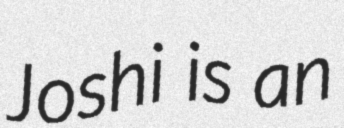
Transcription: Joshi is an